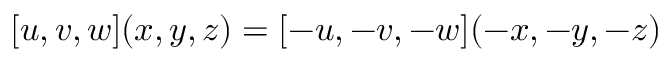
[ u , v , w ] ( x , y , z ) = [ - u , - v , - w ] ( - x , - y , - z )